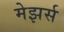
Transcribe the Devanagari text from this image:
मेझर्स